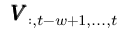
\pmb { V } _ { : , t - w + 1 , . . . , t }